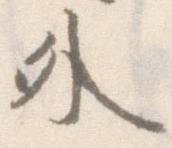
外